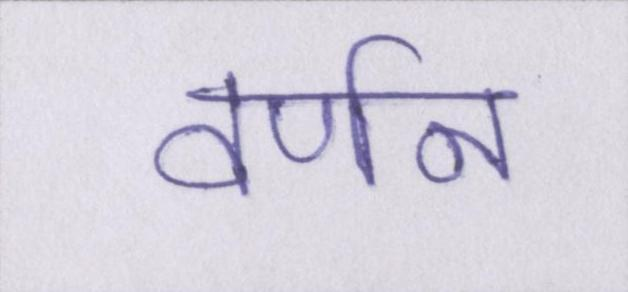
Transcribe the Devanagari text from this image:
वर्णन